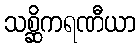
သစ္ဆိကရဏီယာ